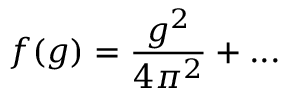
f ( g ) = \frac { g ^ { 2 } } { 4 \pi ^ { 2 } } + . . .